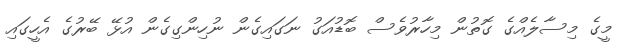
މީގެ މިސާލެއްގެ ގޮތުން މިހާރުވެސް ބޮޑުއަގު ނަގައިގެން ނުހިންގިގެން އުޅޭ ބޭރުގެ އެހީގައި